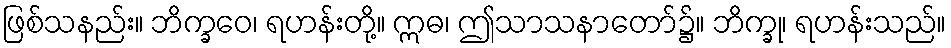
ဖြစ်သနည်း။ ဘိက္ခဝေ၊ ရဟန်းတို့။ ဣဓ၊ ဤသာသနာတော်၌။ ဘိက္ခု၊ ရဟန်းသည်။